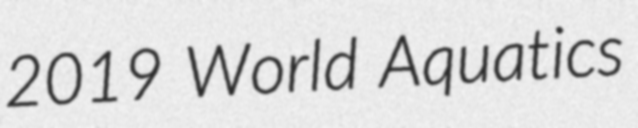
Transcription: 2019 World Aquatics